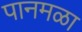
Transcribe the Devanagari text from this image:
पानमळा